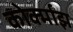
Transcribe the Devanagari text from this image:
कोर्क्माझ